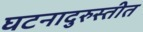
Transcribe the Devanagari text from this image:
घटनादुरुस्तीत